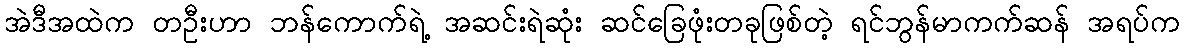
အဲဒီအထဲက တဦးဟာ ဘန်ကောက်ရဲ့ အဆင်းရဲဆုံး ဆင်ခြေဖုံးတခုဖြစ်တဲ့ ရင်ဘွန်မာကက်ဆန် အရပ်က